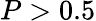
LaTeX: P>0.5